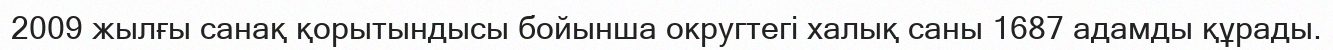
2009 жылғы санақ қорытындысы бойынша округтегі халық саны 1687 адамды құрады.